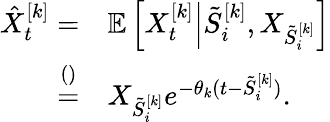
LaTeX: \begin{array}{rl}{\hat{X}_{t}^{[k]}=}&{\mathbb{E}\left[X_{t}^{[k]}\Big|\tilde{S}_{i}^{[k]},X_{\tilde{S}_{i}^{[k]}}\right]}\\ {\stackrel{()}{=}}&{X_{\tilde{S}_{i}^{[k]}}e^{-\theta_{k}(t-\tilde{S}_{i}^{[k]})}.}\end{array}